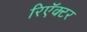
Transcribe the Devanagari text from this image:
रिऍक्टर